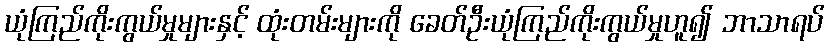
ယုံကြည်ကိုးကွယ်မှုများနှင့် ထုံးတမ်းများကို ခေတ်ဦးယုံကြည်ကိုးကွယ်မှုဟူ၍ ဘာသာရပ်